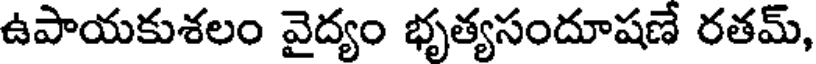
ఉపాయకుశలం వైద్యం భృత్యసందూషణే రతమ్,